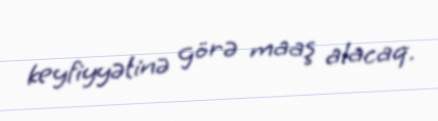
keyfiyyətinə görə maaş alacaq.